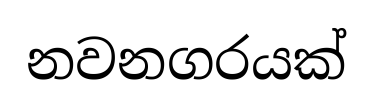
නවනගරයක්